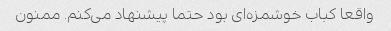
واقعا کباب خوشمزه‌ای بود حتما پیشنهاد می‌کنم. ممنون